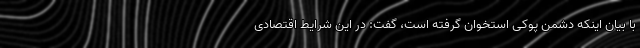
با بیان اینکه دشمن پوکی استخوان گرفته است، گفت: در این شرایط اقتصادی